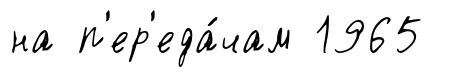
на п'ер'еда́чам 1965